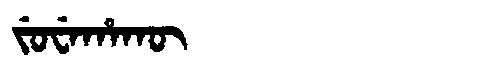
Manchu: ᠵᡠᠸᡝᡥᠠᡴᡡ
Romanization: JUWEHAKŪ